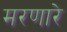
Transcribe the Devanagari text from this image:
मरणारे